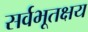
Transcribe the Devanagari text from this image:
सर्वभूतक्षय